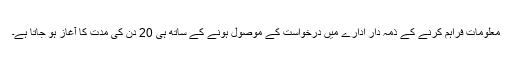
معلومات فراہم کرنے کے ذمہ دار ادارے میں درخواست کے موصول ہونے کے ساتھ ہی 20 دن کی مدت کا آغاز ہو جاتا ہے۔